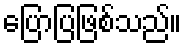
ပြောပြဖြစ်သည်။